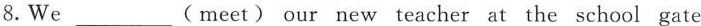
8.We___( meet) our new teacher at the school gate